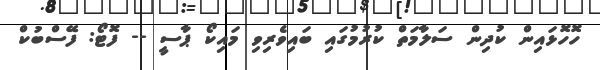
ހޮހޮޅައިން ކުދިން ސަލާމަތް ކުރުމުގައި ބައިވެރިވި މައިކޯ ޕާސީ -- ފޮޓޯ: ފޭސްބުކް